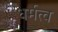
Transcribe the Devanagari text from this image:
धर्मत्व